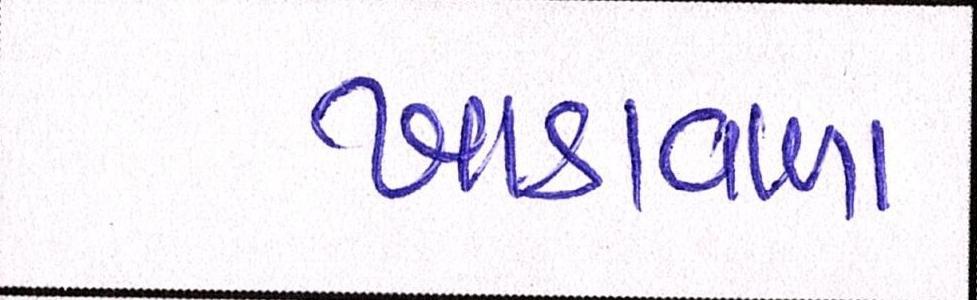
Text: ખાડાવાળા